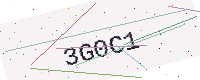
Text: 3G0C1